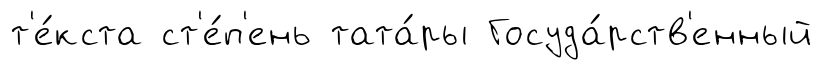
т'е́кста ст'е́п'ень тата́ры Госуда́рств'енный